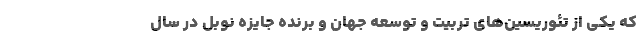
که یکی از تئوریسین‌‌های تربیت و توسعه جهان و برنده جایزه نوبل در سال